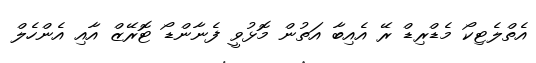
އެތްލެޓިކޯ މެޑްރިޑް ރޭ އެއިބާ އަތުން މޮޅުވީ ފެނާންޑޯ ޓޮރޭޒް އާއި އެންހެލް